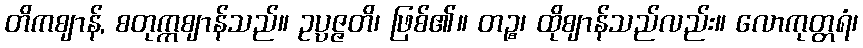
တိကဈာန်, စတုက္ကဈာန်သည်။ ဥပ္ပဇ္ဇတိ၊ ဖြစ်၏။ တဉ္စ၊ ထိုဈာန်သည်လည်း။ လောကုတ္တရံ၊